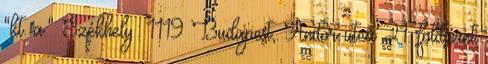
"kt. a." Székhely: 1119 Budapest, Andor utca 21. földszint